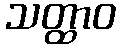
သတ္ထာဝ